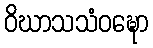
ဝိဃာသသံဝဍ္ဎော